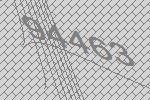
94463